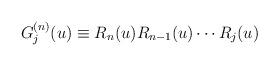
LaTeX: \begin{align*}G_j^{(n)}(u) \equiv R_n(u) R_{n-1}(u) \cdots R_j(u)\end{align*}